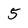
Character: 5